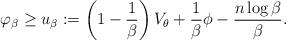
LaTeX: \begin{align*}\varphi_{\beta} \geq u_\beta :=\left(1-\frac{1}{\beta}\right) V_{\theta} + \frac{1}{\beta} \phi -\frac{n\log \beta}{\beta}. \end{align*}